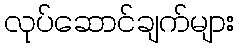
လုပ်ဆောင်ချက်များ